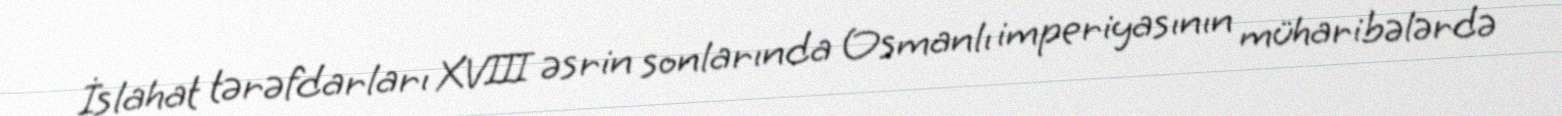
İslahat tərəfdarları XVIII əsrin sonlarında Osmanlı imperiyasının müharibələrdə